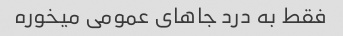
فقط به درد جاهای عمومی میخوره